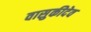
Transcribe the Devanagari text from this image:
वासुकीदेव